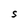
Character: S